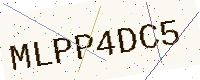
Text: MLPP4DC5